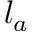
l _ { a }